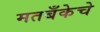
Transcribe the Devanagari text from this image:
मतबँकेचे